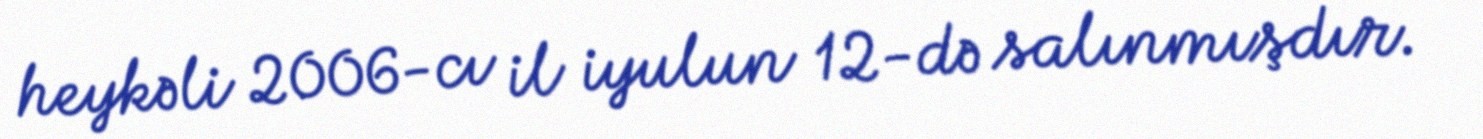
heykəli 2006-cı il iyulun 12-də salınmışdır.